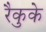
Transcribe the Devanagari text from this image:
रैकुके